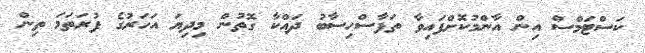
ކަސްޓަމްސް އިން އާންމުކޮށްފައިވާ ތަފާސްހިސާބު ދައްކާ ގޮތުން މިދިޔަ އަހަރުގެ ފުރަތަމަ ތިން